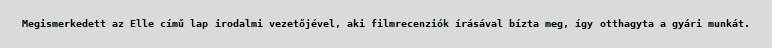
Megismerkedett az Elle című lap irodalmi vezetőjével, aki filmrecenziók írásával bízta meg, így otthagyta a gyári munkát.